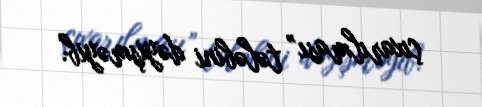
çıxarılması” tələbini dəyişməyib.